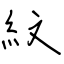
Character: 紋